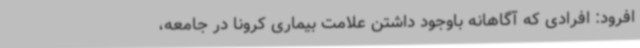
افرود: افرادی که آگاهانه باوجود داشتن علامت بیماری کرونا در جامعه،